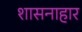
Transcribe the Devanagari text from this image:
शासनाहार